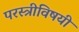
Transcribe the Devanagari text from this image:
परस्त्रीविषयी